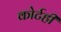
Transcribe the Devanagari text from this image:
कोर्टही